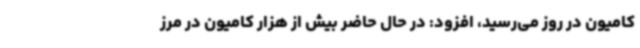
کامیون در روز می‌رسید، افزود: در حال حاضر بیش از هزار کامیون در مرز